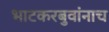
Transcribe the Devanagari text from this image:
भाटकरबुवांनाच